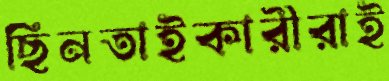
ছিনতাইকারীরাই